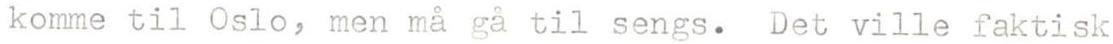
komme til Oslo, men må gå til sengs. Det ville faktisk